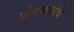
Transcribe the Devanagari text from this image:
होयसळांचे